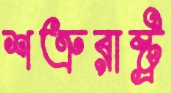
শত্রুরাষ্ট্র